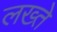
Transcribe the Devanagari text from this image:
लख्ते